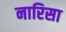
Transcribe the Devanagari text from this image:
नारिसा